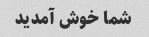
شما خوش آمدید